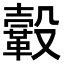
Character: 𩌊